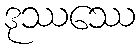
ဒုဿဿေ